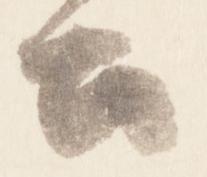
公